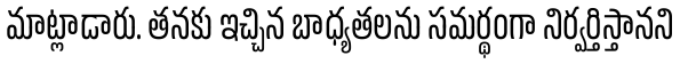
మాట్లాడారు. తనకు ఇచ్చిన బాధ్యతలను సమర్థంగా నిర్వర్తిస్తానని